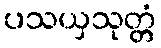
ပသယှသုတ္တံ